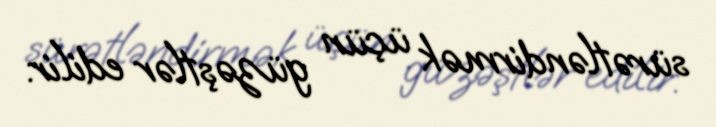
sürətləndirmək üçün güzəştlər edilir.